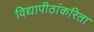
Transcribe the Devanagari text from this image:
विद्यापीठांकरिता